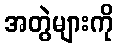
အတွဲများကို